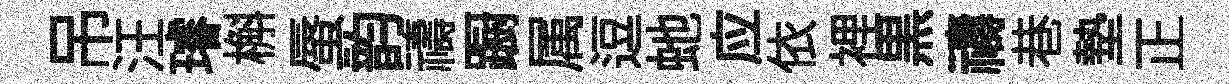
吊汪璿槲蜃韵禱蹰属逗虵应依裡黒禱巷墊正